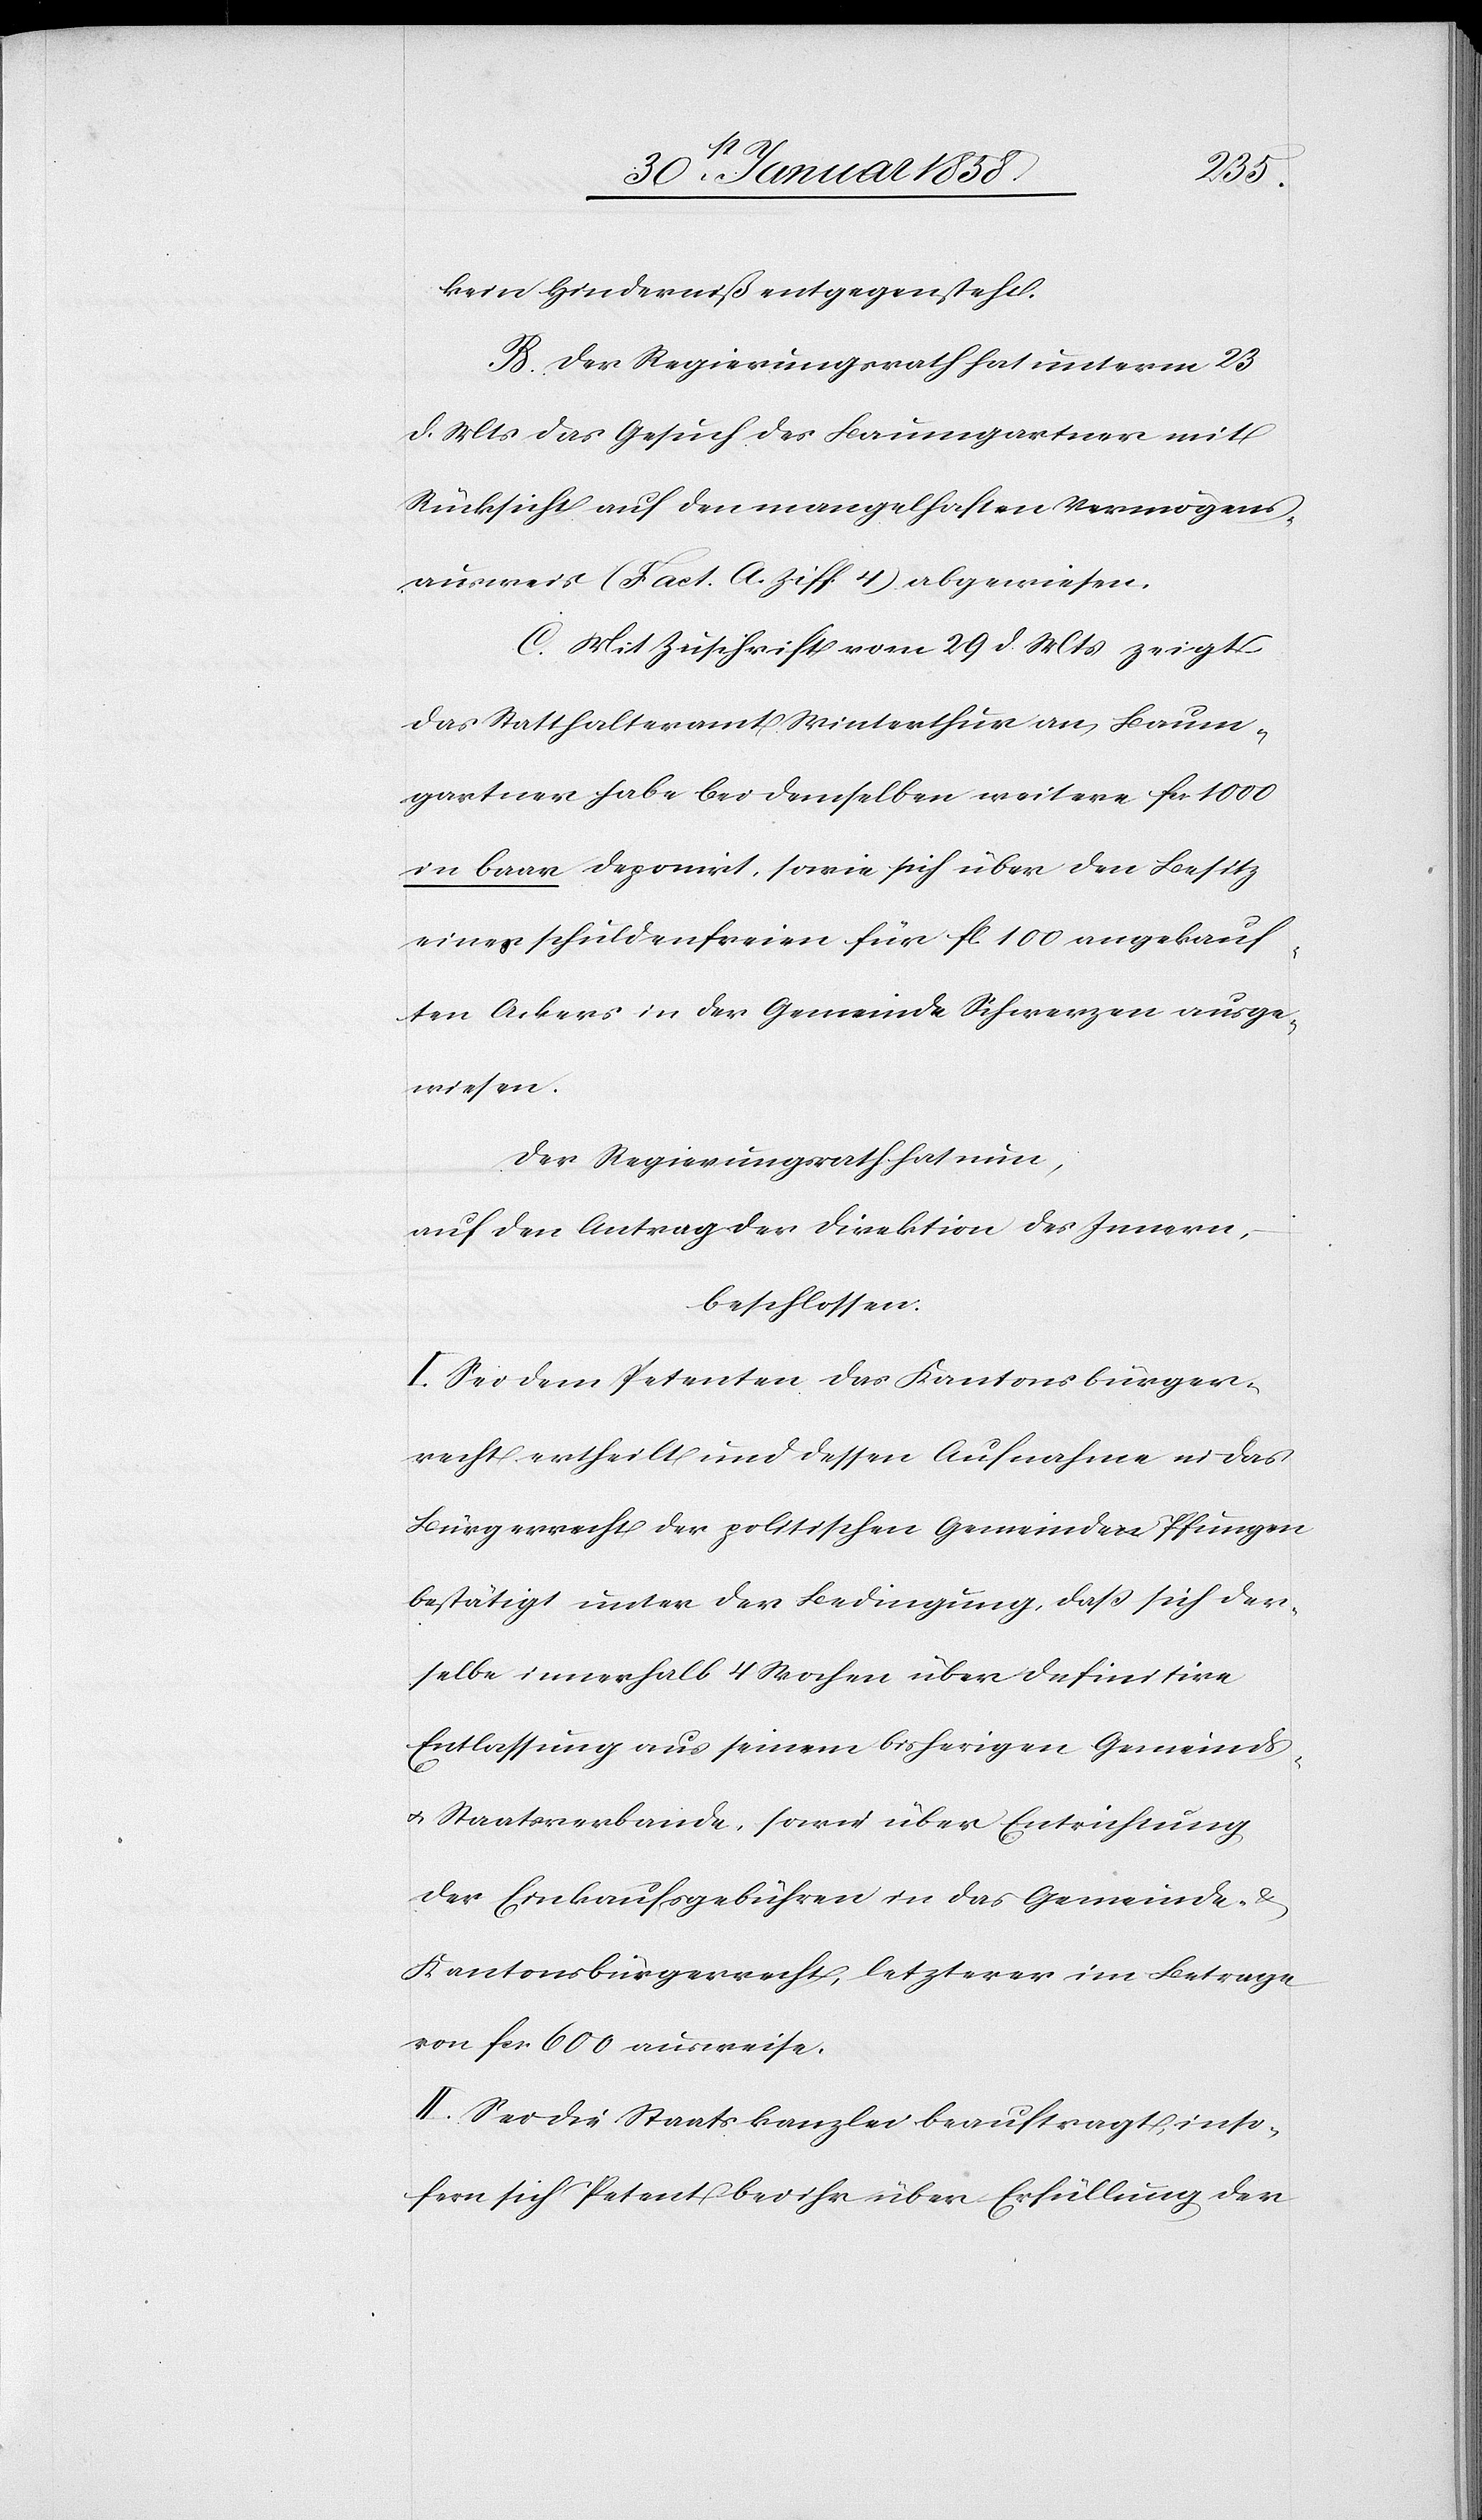
kein Hinderniß entgegen steht.
B. Der Regierungsrath hat unterm 23
d. Mts das Gesuch des Baumgartner mit
Rücksicht auf den mangelhaften Vermögens¬
ausweis (Fact. A. Ziff. 4) abgewiesen.
C. Mit Zuschrift vom 29. d. Mts zeigt
das Statthalteramt Winterthur an, Baum¬
gartner habe bei demselben weitere fcs. 1000
in baar deponirt, sowie sich über den Besitz
eines schuldenfreien für fl. 100 angekauf¬
ten Ackers in der Gemeinde Schwerzen ausge¬
wiesen.
Der Regierungsrath hat nun,
auf den Antrag der Direktion des Innern,
beschlossen:
I. Sei dem Petenten das Kantonsbürger¬
recht ertheilt und dessen Aufnahme in das
Bürgerrecht der politischen Gemeinde Pfungen
bestätigt unter der Bedingung, daß sich der¬
selbe innerhalb 4 Wochen über definitive
Entlassung aus seinem bisherigen Gemeinds-
u. Staatsverbande, sowie über Entrichtung
der Einkaufsgebühren in das Gemeinde-
Kantonsbürgerrecht, letzterer im Betrage
von fcs. 600 ausweise.
II. Sei die Staatskanzlei beauftragt, inso¬
fern sich Petent bei ihr über Erfüllung der